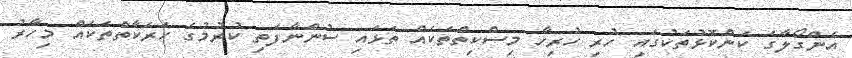
އެންގޯލާގެ ކަންކޮޅުތަކުގައި ހުރި ހުރިހާ މިސްކިތްތަކެއް ތަޅައި ސުންނާފަތި ކުރުމުގެ ހަރަކާތްތަކެއް މިހާރު